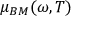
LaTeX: \mu _ { B M } ( \omega , T )